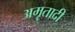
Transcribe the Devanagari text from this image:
अमृतादी